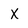
Character: X